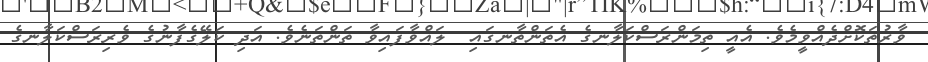
ވާރުތަކޮށްދެއްވީމެވެ. އެއީ ތިމަންރަސްކަލާނގެ އެތަންތާނގައި  ލައްވާފައިވާ ތަންތަނެވެ. އަދި ކަލޭގެފާނުގެ ވެރިރަސްކަލާނގެ